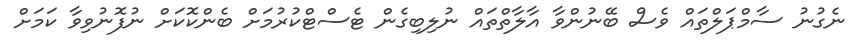
ނެގުނު ސާމްޕަލްތައް ވެސް ބޭނުންވާ އާލާތްތައް ނުލިބިގެން ޓެސްޓްކުރުމަށް ބެންކޮކަށް ނުފޮނުވިވާ ކަމަށް